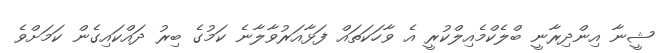
ޝީނާ އިންދިރާނީ ބްލެކްމެއިލްކުރީ އެ ވާހަކަތައް ފަޅާއަރުވާލާނެ ކަމުގެ ބިރު ދައްކައިގެން ކަމަށްވެ